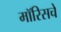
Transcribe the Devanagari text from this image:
मॉरिसचे